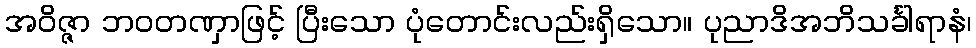
အဝိဇ္ဇာ ဘဝတဏှာဖြင့် ပြီးသော ပုံတောင်းလည်းရှိသော။ ပုညာဒိအဘိသင်္ခါရာနံ၊